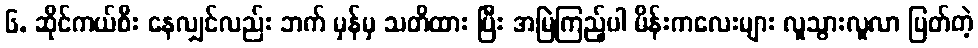
၆. ဆိုင်ကယ်စီး နေလျှင်လည်း ဘက် မှန်မှ သတိထား ပြီး အမြဲကြည့်ပါ မိန်းကလေးများ လူသွားလူလာ ပြတ်တဲ့